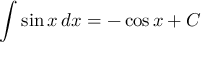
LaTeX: \int \sin { x } \, d x = - \cos { x } + C